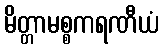
မိတ္တာမစ္စကရဏီယံ